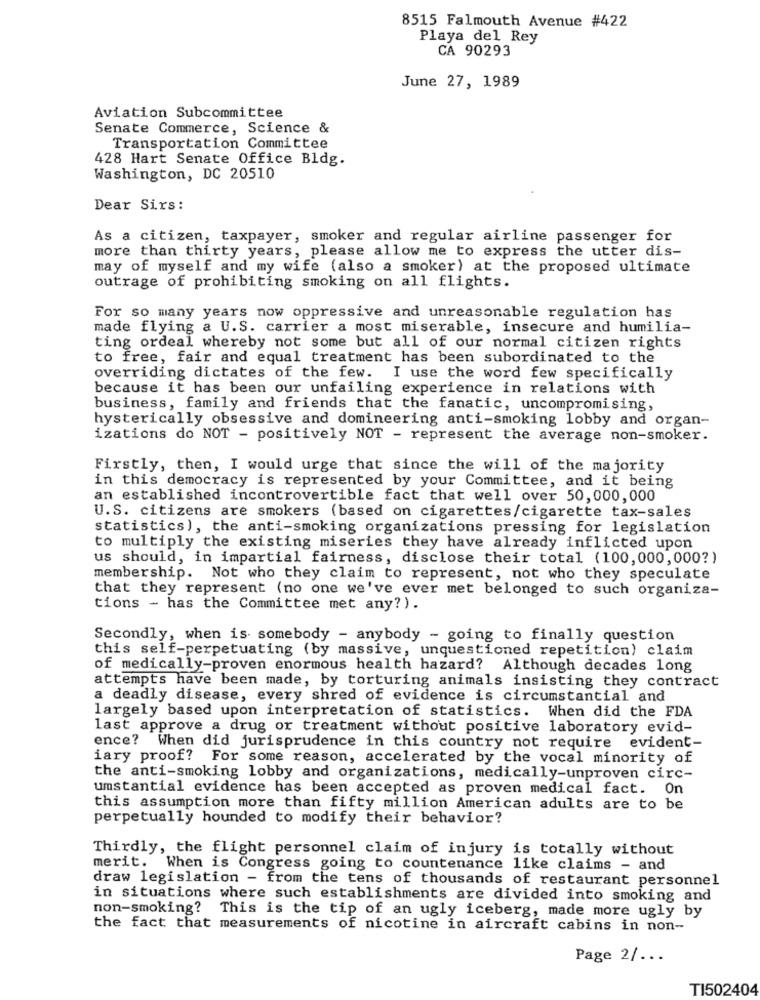
8515 Falmouth Avenue #422
Playa del Rey
CA 90293
June 27, 1989
Aviation Subcommittee
Senate Commerce, Science &
Transportation Committee
428 Hart Senate Office Bldg.
Washington, DC 20510
Dear Sirs:
As a citizen, taxpayer, smoker and regular airline passenger for
more than thirty years, please allow me to express the utter dis-
may of myself and my wife (also a smoker) at the proposed ultimate
outrage of prohibiting smoking on all flights.
For so many years now oppressive and unreasonable regulation has
made flying a U.S. carrier a most miserable, insecure and humilia-
ting ordeal whereby not some but all of our normal citizen rights
to free, fair and equal treatment has been subordinated to the
overriding dictates of the few. I use the word few specifically
because it has been our unfailing experience in relations with
business, family and friends that the fanatic, uncompromising,
hysterically obsessive and domineering anti-smoking lobby and organ-
izations do NOT - positively NOT - represent the average non-smoker.
Firstly, then, I would urge that since the will of the majority
in this democracy is represented by your Committee, and it being
an established incontrovertible fact that well over 50,000,000
U.S. citizens are smokers (based on cigarettes/cigarette tax-sales
statistics), the anti-smoking organizations pressing for legislation
to multiply the existing miseries they have already inflicted upon
us should, in impartial fairness, disclose their total (100,000,000?)
membership. Not who they claim to represent, not who they speculate
that they represent (no one we've ever met belonged to such organiza-
tions - has the Committee met any?).
Secondly, when is somebody - anybody - going to finally question
this self-perpetuating (by massive, unquestioned repetition) claim
of medically-proven enormous health hazard? Although decades long
attempts have been made, by torturing animals insisting they contract
a deadly disease, every shred of evidence is circumstantial and
largely based upon interpretation of statistics. When did the FDA
last approve a drug or treatment without positive laboratory evid-
ence? When did jurisprudence in this country not require evident-
iary proof? For some reason, accelerated by the vocal minority of
the anti-smoking lobby and organizations, medically-unproven circ-
umstantial evidence has been accepted as proven medical fact. On
this assumption more than fifty million American adults are to be
perpetually hounded to modify their behavior?
Thirdly, the flight personnel claim of injury is totally without
merit. When is Congress going to countenance like claims - and
draw legislation - from the tens of thousands of restaurant personnel
in situations where such establishments are divided into smoking and
non-smoking? This is the tip of an ugly iceberg, made more ugly by
the fact that measurements of nicotine in aircraft cabins in non-
Page 2/ ...
TI502404